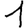
Digit: 1